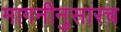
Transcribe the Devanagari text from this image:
मागनीनुसारच